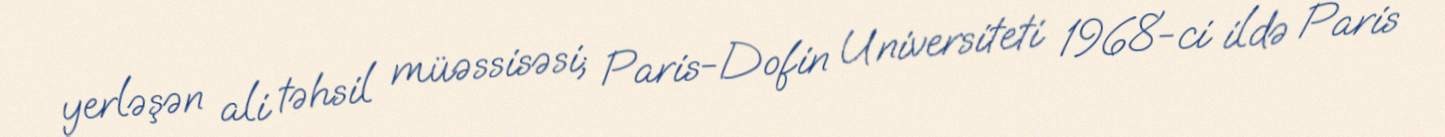
yerləşən ali təhsil müəssisəsi; Paris-Dofin Universiteti 1968-ci ildə Paris